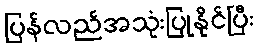
ပြန်လည်အသုံးပြုနိုင်ပြီး